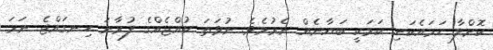
ކޮށްލާ ހަމައެކަނި ކަމަކީ ބަޔާނެއް ނެރުމެވެ. ނުވަތަ ކުއްޖެއްގެ ފުރާނަ ހިނގައްޖެ ނަމަ